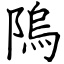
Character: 隖